Calcutta medical institutions reports 1879-81 [i.e.91]
Year: 1879
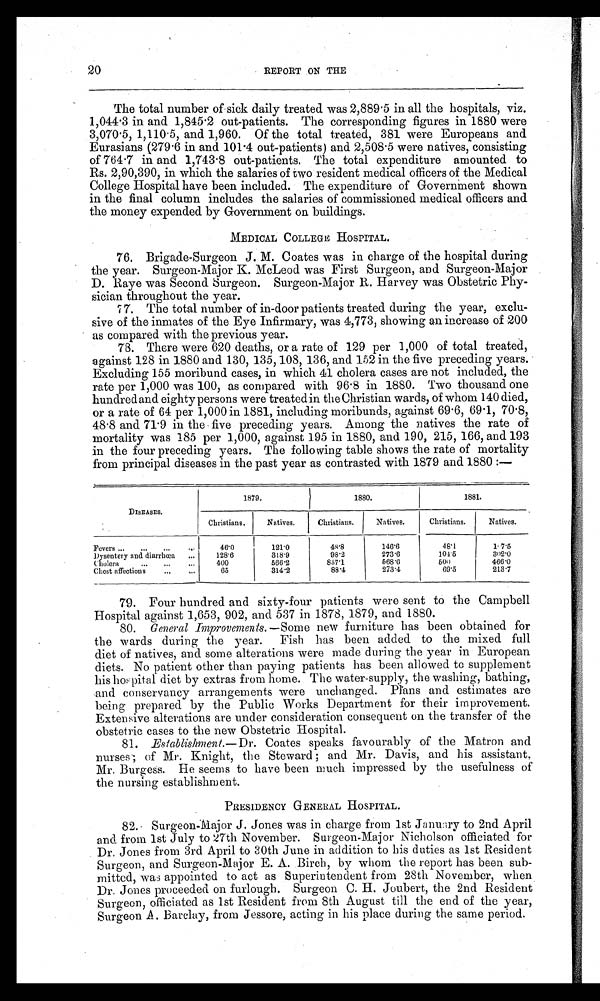
20
REPORT ON THE
The total number of sick daily treated was 2,889.5 in all the hospitals, viz.
1,044.3 in and 1,845.2 out-patients. The corresponding figures in 1880 were
3,070.5, 1,110.5, and 1,960. Of the total treated, 381 were Europeans and
Eurasians (279.6 in and 101.4 out-patients) and 2,508.5 were natives, consisting
of 764.7 in and 1,743.8 out-patients. The total expenditure amounted to
Rs. 2,90,390, in which the salaries of two resident medical officers of the Medical
College Hospital have been included. The expenditure of Government shown
in the final column includes the salaries of commissioned medical officers and
the money expended by Government on buildings.
MEDICAL COLLEGE HOSPITAL.
76. Brigade-Surgeon J. M. Coates was in charge of the hospital during
the year. Surgeon-Major K. McLeod was First Surgeon, and Surgeon-Major
D. Raye was Second. Surgeon. Surgeon-Major R. Harvey was Obstetric Phy-
sician throughout the year.
77. The total number of in-door patients treated during the year, exclu-
sive of the inmates of the Eye Infirmary, was 4,773, showing an increase of 200
as compared with the previous year.
73. There were 620 deaths, or a rate of 129 per 1,000 of total treated,
against 128 in 1880 and 130, 135, 108, 136, and 152 in the five preceding years.
Excluding 155 moribund cases, in which 41 cholera cases are not included, the
rate per 1,000 was 100, as compared with 96 . 8 in 1880. Two thousand one
hundred and eighty persons were treated in the Christian wards, of whom 140 died,
or a rate of 64 per 1,000 in 1881, including moribunds, against 69 . 6, 69 . 1, 70.8,
48 . 8 and 71. 9 in the five preceding years. Among the natives the rate of
mortality was 185 per 1,000, against 195 in 1880, and 190, 215, 166, and 193
in the four preceding years. The following table shows the rate of mortality
from principal diseases in the past year as contrasted with 1879 and 1880 :—
1879.
1880.
1881.
DISEASES.
Christians.
Natives.
Christians.
Natives.
Christians.
Natives.
Fevers ..
..•
•..
46.0
121.0
48'8
146.6
48'1
1. 7.5
Dysentery and diarrhæa
—
128.6
318.9
98.2
273.6
104.5
302•0
Cholera
...
...
400
566.2
857.1
568.6
500
466.0
Chest affections
..,
—
65
314.2
88.4
273.4
69.5
213.7
_
_
79. Four hundred and sixty-four patients were sent to the Campbell
Hospital against 1,653, 902, and 537 in 1878, 1879, and 1880.
80.
General Improvements. —Some new furniture has been obtained for
the wards during the year. Fish has been added to the mixed full
diet of natives, and some alterations were made during the year in European
diets. No patient other than paying patients has been allowed to supplement
his hos pital diet by extras from home. The water-supply, the washing, bathing,
and conservancy arrangements were unchanged. Plans and estimates are
being prepared by the Public Works Department for their improvement.
Extensive alterations are under consideration consequent on the transfer of the
obstetric cases to the new Obstetric Hospital.
81.
Establishment.—Dr. Coates speaks favourably of the Matron and
nurses; of Mr. Knight, the Steward and Mr. Davis, and his assistant.
Mr. Burgess. He seems to have been much impressed by the usefulness of
the nursing establishment.
PRESIDENCY GENERAL HOSPITAL.
82. Surgeon-Major J. Jones was in charge from 1st January to 2nd April
and from 1st July to 27th November. Surgeon-Major Nicholson officiated for
Dr. Jones from 3rd April to 30th June in addition to his duties as 1st Resident
Surgeon, and Surgeon-Major E. A. Birch, by whom the report has been sub-
mitted, was appointed to act as Superintendent from 28th November, when
Dr. Jones proceeded on furlough. Surgeon C. H. Joubert, the 2nd Resident
Surgeon, officiated as 1st Resident from 8th August till the end of the year,
Surgeon A. Barclay, from Jessore, acting in his place during the same period.